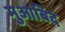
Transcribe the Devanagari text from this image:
मुआबिद